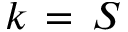
k \, = \, S